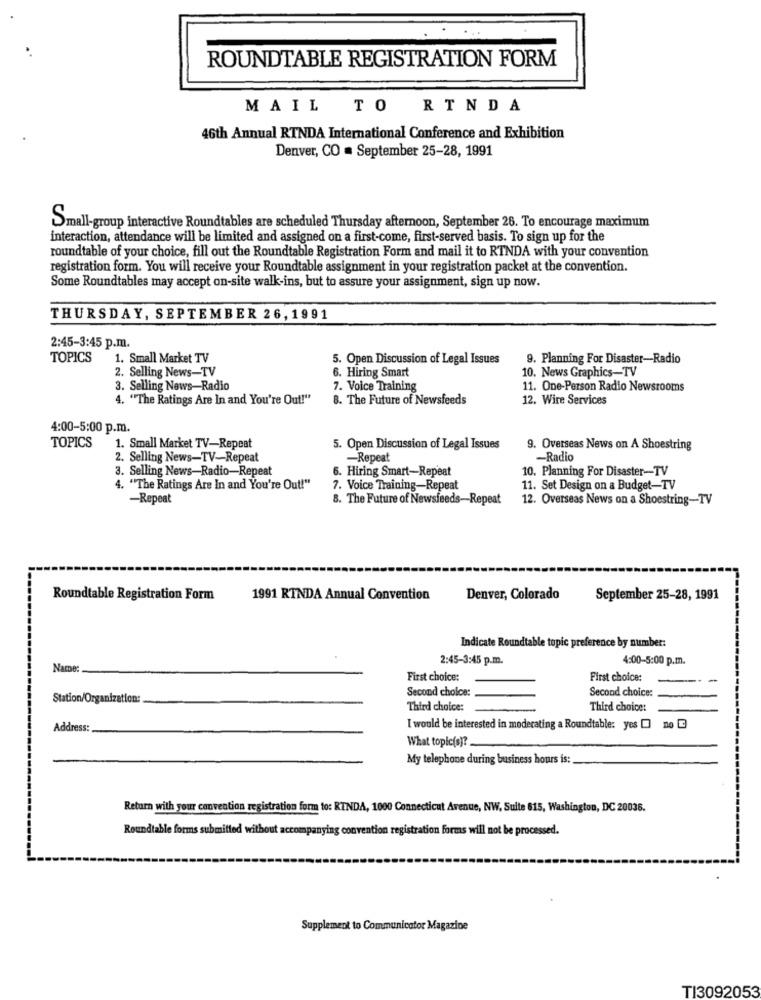
ROUNDTABLE REGISTRATION FORM
MAIL
TO
RTNDA
46th Annual RTNDA International Conference and Exhibition
Denver, CO = September 25-28, 1991
Small-group interactive Roundtables are scheduled Thursday afternoon, September 26. To encourage maximum
interaction, attendance will be limited and assigned on a first-come, first-served basis. To sign up for the
roundtable of your choice, fill out the Roundtable Registration Form and mail it to RTNDA with your convention
registration form. You will receive your Roundtable assignment in your registration packet at the convention.
Some Roundtables may accept on-site walk-ins, but to assure your assignment, sign up now.
THURSDAY, SEPTEMBER 26, 1991
2:45-3:45 p.m.
TOPICS
1. Small Market TV
5. Open Discussion of Legal Issues
9. Planning For Disaster-Radio
2. Selling News-TV
6. Hiring Smart
10. News Graphics-TV
3. Selling News-Radio
7. Voice Training
11. One-Person Radio Newsrooms
4. "The Ratings Are In and You're Out!"
8. The Future of Newsfeeds
12. Wire Services
4:00-5:00 p.m.
TOPICS
1. Small Market TV-Repeat
5. Open Discussion of Legal Issues
9. Overseas News on A Shoestring
2. Selling News-TV-Repeat
-Repeat
-Radio
3. Selling News-Radio-Repeat
6. Hiring Smart-Repeat
10. Planning For Disaster-TV
4. "The Ratings Are In and You're Out!"
7. Voice Training-Repeat
11. Set Design on a Budget-TV
-Repeat
8. The Future of Newsfeeds-Repeat
12. Overseas News on a Shoestring-TV
Roundtable Registration Form
1991 RINDA Annual Convention
Denver, Colorado
September 25-28, 1991
Indicate Roundtable topic preference by number:
2:45-3:45 p.m.
4:00-5:00 p.m.
Name:
First choice:
First choice:
Second choice:
Station/Organization:
Second choice:
Third choice:
Third choice:
Address:
I would be interested in moderating a Roundtable: yes [] no
What topic(s)?
My telephone during business hours is:
Return with your convention registration form to: RINDA, 1000 Connecticut Avenue, NW, Suite 615, Washington, DC 20038.
Roundtable forms submitted without accompanying convention registration forms will not be processed.
Supplement to Communicator Magazine
TI3092053